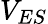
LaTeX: V_{ES}